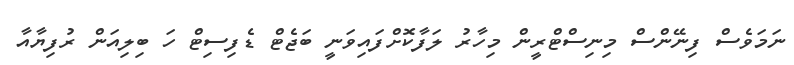
ނަމަވެސް ފިނޭންސް މިނިސްޓްރީން މިހާރު ލަފާކޮށްފައިވަނީ ބަޖެޓް ޑެފިސިޓް ހަ ބިލިއަން ރުފިޔާއާ